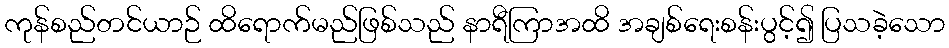
ကုန်စည်တင်ယာဉ် ထိရောက်မည်ဖြစ်သည် နာရီကြာအထိ အချစ်ရေးစန်းပွင့်၍ ပြသခဲ့သော